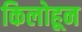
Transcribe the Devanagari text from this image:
किलोहून